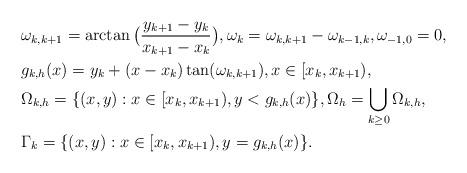
LaTeX: \begin{align*}&\omega_{k,k+1}=\arctan\big(\frac{y_{k+1}-y_k}{x_{k+1}-x_k}\big),\omega_k=\omega_{k,k+1}-\omega_{k-1,k},\omega_{-1,0}=0,\\&g_{k,h}(x)=y_k+(x-x_k)\tan(\omega_{k,k+1}),x\in [x_k,x_{k+1}),\\&\Omega_{k,h}=\{(x,y):x\in [x_k,x_{k+1}), y<g_{k,h}(x)\},\Omega_{h}=\bigcup_{k\ge 0}\Omega_{k,h},\\&\Gamma_{k}=\{(x,y):x\in [x_k,x_{k+1}), y=g_{k,h}(x)\}.\end{align*}